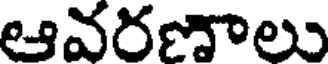
ఆవరణాలు